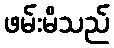
ဖမ်းမိသည်